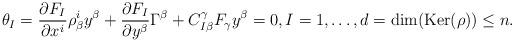
LaTeX: \begin{align*}\theta_I=\frac{\partial F_{I}}{\partial x^{i}}\rho^{i}_{\beta}y^{\beta}+\frac{\partial F_{I}}{\partial y^{\beta}}\Gamma^{\beta}+C^{\gamma}_{I\beta}F_{\gamma}y^{\beta}=0, I=1,\ldots,d=\mbox{dim}(\mbox{Ker}(\rho)) \leq n.\end{align*}